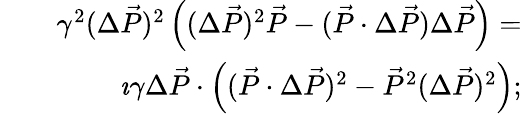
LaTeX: \begin{array}{rlr}&{}&{\gamma^{2}(\Delta\vec{P})^{2}\left((\Delta\vec{P})^{2}\vec{P}-(\vec{P}\cdot\Delta\vec{P})\Delta\vec{P}\right)=}\\ &{}&{\imath\gamma\Delta\vec{P}\cdot\left((\vec{P}\cdot\Delta\vec{P})^{2}-\vec{P}^{2}(\Delta\vec{P})^{2}\right);}\end{array}